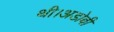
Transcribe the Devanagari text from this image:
थी।अडोबी